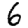
Digit: 6